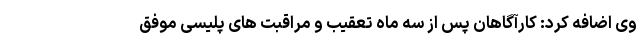
وی اضافه کرد: کارآگاهان پس از سه ماه تعقیب و مراقبت های پلیسی موفق